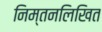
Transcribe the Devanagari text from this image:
निम्तनलिखित